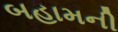
બહામની